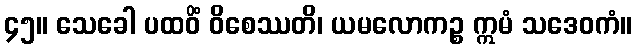
၄၅။ သေခေါ ပထဝိံ ဝိစေဿတိ၊ ယမလောကဉ္စ ဣမံ သဒေဝကံ။